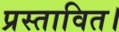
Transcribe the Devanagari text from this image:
प्रस्तावित।